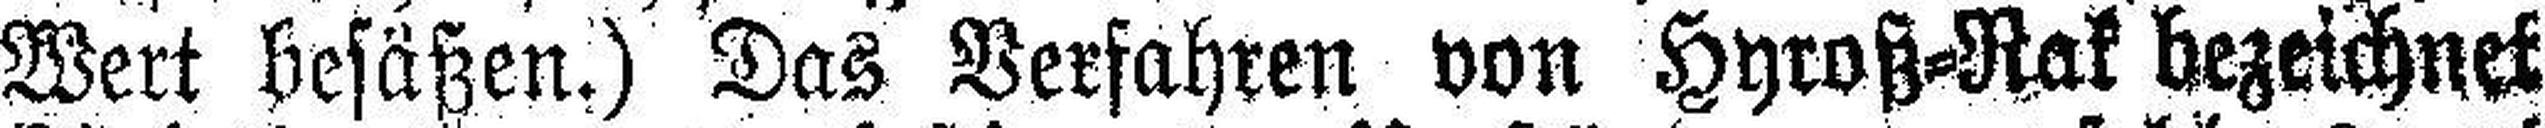
Wert besäßen.) Das Verfahren von Hyroß-Rak bezeichnet